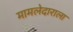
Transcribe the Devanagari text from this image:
मामलेदाराला